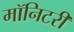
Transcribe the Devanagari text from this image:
मॉनिटरी